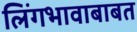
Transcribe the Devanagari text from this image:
लिंगभावाबाबत